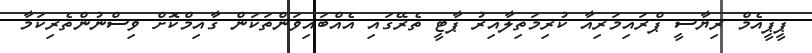
ޕީޕީއެމް ރިޔާސީ ޕްރައިމަރިއާ ކުރިމަތިލާއިރު ޕާޓީ ތެރޭގައި އެއްބައިވަންތަކަން ގާއިމްކޮށް ވިސްނުންތެރިކަމާ